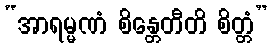
“အာရမ္မဏံ စိန္တေတီတိ စိတ္တံ”